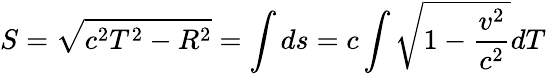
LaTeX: S=\sqrt{c^{2}T^{2}-R^{2}}=\int ds=c\int\sqrt{1-\frac{v^{2}}{c^{2}}}dT